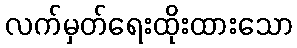
လက်မှတ်ရေးထိုးထားသော